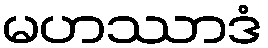
မဟဿာဒံ